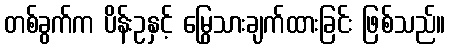
တစ်ခွက်က ပိန်းဥနှင့် မြွေသားချက်ထားခြင်း ဖြစ်သည်။